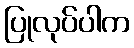
ပြုလုပ်ပါက